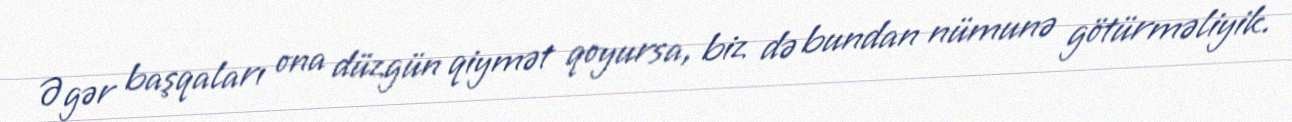
Əgər başqaları ona düzgün qiymət qoyursa, biz də bundan nümunə götürməliyik.